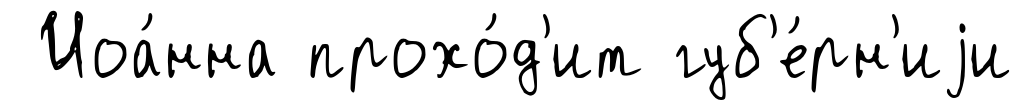
Иоа́нна прохо́д'ит губ'е́рн'иjи